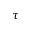
\tau